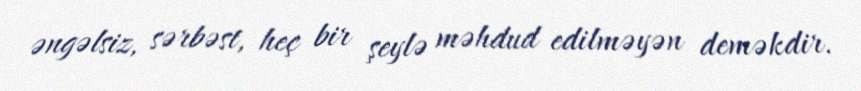
əngəlsiz, sərbəst, heç bir şeylə məhdud edilməyən deməkdir.